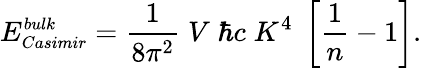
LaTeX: E_{\small Casimir}^{\small bulk}={\frac{1}{8\pi^{2}}}\; V\; \hbar c\; K^{4}\; \left[{\frac{1}{n}}-1\right].